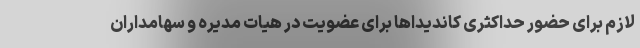
لازم برای حضور حداکثری کاندیداها برای عضویت در هیات مدیره و سهامداران